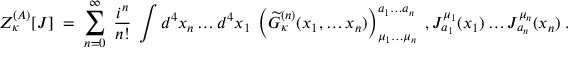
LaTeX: Z _ { \kappa } ^ { ( { \cal A } ) } [ { \cal J } ] \; = \; \sum _ { n = 0 } ^ { \infty } \; \frac { i ^ { n } } { n ! } \; \int d ^ { 4 } x _ { n } \ldots d ^ { 4 } x _ { 1 } \; \left( \widetilde { \cal G } _ { \kappa } ^ { ( n ) } ( x _ { 1 } , \ldots x _ { n } ) \right) _ { \mu _ { 1 } \ldots \mu _ { n } } ^ { a _ { 1 } \ldots a _ { n } } \; , { \cal J } _ { a _ { 1 } } ^ { \mu _ { 1 } } ( x _ { 1 } ) \ldots { \cal J } _ { a _ { n } } ^ { \mu _ { n } } ( x _ { n } ) \; .